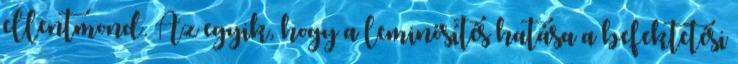
ellentmond. Az egyik, hogy a leminősítés hatása a befektetési